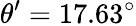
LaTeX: \theta^{\prime}=17.63^{\circ}